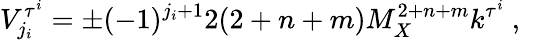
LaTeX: V_{j_{i}}^{\tau^{i}}=\pm(-1)^{j_{i}+1}2(2+n+m)M_{X}^{2+n+m}k^{\tau^{i}}~,~\,